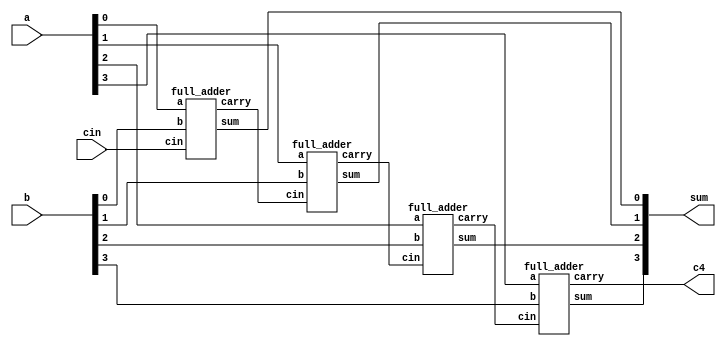
module rca(
    input [3:0]a,b,
    input cin,
    output [3:0]sum,
    output c4);

wire c1,c2,c3;      //Carry out of each full adder

full_adder fa0(a[0],b[0],cin,sum[0],c1);
full_adder fa1(a[1],b[1],c1,sum[1],c2);
full_adder fa2(a[2],b[2],c2,sum[2],c3);
full_adder fa3(a[3],b[3],c3,sum[3],c4);
                
endmodule

module full_adder(
    input a,b,cin,
    output sum,carry);

assign sum = a ^ b ^ cin;
assign carry = (a & b)|(b & cin)|(cin & a);
                
endmodule